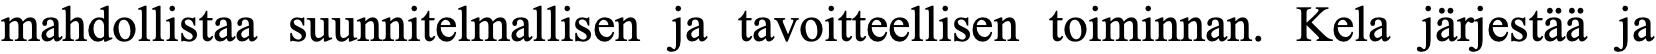
mahdollistaa suunnitelmallisen ja tavoitteellisen toiminnan. Kela järjestää ja